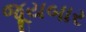
જૂયબાર